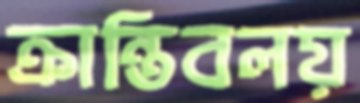
ক্রান্তিবলয়